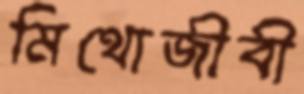
মিথোজীবী